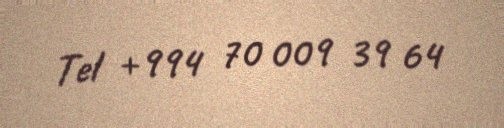
Tel +994 70 009 39 64